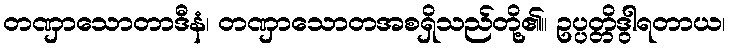
တဏှာသောတာဒီနံ၊ တဏှာသောတအစရှိသည်တို့၏။ ဥပ္ပတ္တိဒွါရတာယ၊